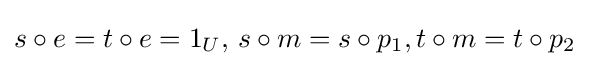
s\circ e=t\circ e=1_{U},\,s\circ m=s\circ p_{1},t\circ m=t\circ p_{2}